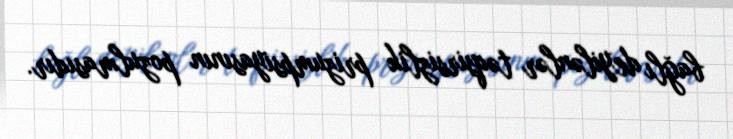
bağlı deyilənlər təqsirsizlik prizumpsiyasının pozulmasıdır.